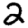
Digit: 2